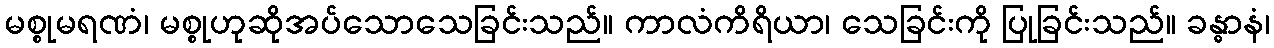
မစ္စုမရဏံ၊ မစ္စုဟုဆိုအပ်သောသေခြင်းသည်။ ကာလံကိရိယာ၊ သေခြင်းကို ပြုခြင်းသည်။ ခန္ဓာနံ၊